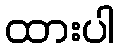
ထားပါ